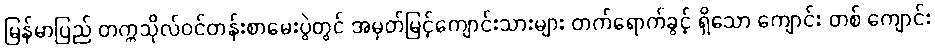
မြန်မာပြည် တက္ကသိုလ်ဝင်တန်းစာမေးပွဲတွင် အမှတ်မြင့်ကျောင်းသားများ တက်ရောက်ခွင့် ရှိသော ကျောင်း တစ် ကျောင်း